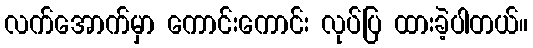
လက်အောက်မှာ ကောင်းကောင်း လုပ်ပြ ထားခဲ့ပါတယ်။